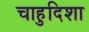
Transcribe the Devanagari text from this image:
चाहुदिशा